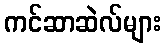
ကင်ဆာဆဲလ်များ